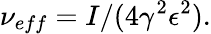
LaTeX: \nu_{eff}=I/(4\gamma^{2}\epsilon^{2}).